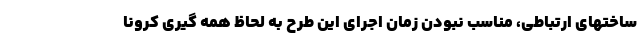
ساختهای ارتباطی، مناسب نبودن زمان اجرای این طرح به لحاظ همه گیری کرونا